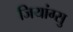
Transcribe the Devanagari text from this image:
जियांग्सु